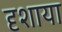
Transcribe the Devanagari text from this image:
दृशाया